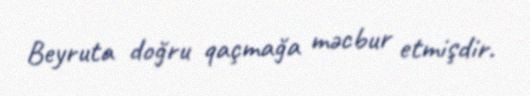
Beyruta doğru qaçmağa məcbur etmişdir.